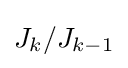
J_{k}/J_{k-1}